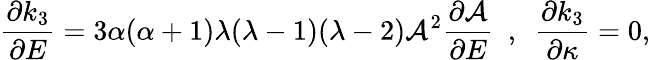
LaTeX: \frac{\partial k_{3}}{\partial E}=3\alpha(\alpha+1)\lambda(\lambda-1)(\lambda-2)\mathcal{A}^{2}\frac{\partial\mathcal{A}}{\partial E}~~,~~\frac{\partial k_{3}}{\partial\kappa}=0,